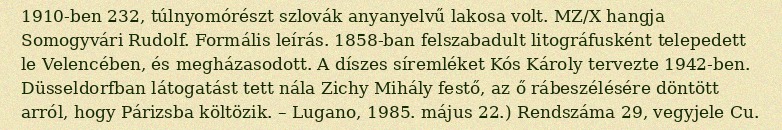
1910-ben 232, túlnyomórészt szlovák anyanyelvű lakosa volt. MZ/X hangja Somogyvári Rudolf. Formális leírás. 1858-ban felszabadult litográfusként telepedett le Velencében, és megházasodott. A díszes síremléket Kós Károly tervezte 1942-ben. Düsseldorfban látogatást tett nála Zichy Mihály festő, az ő rábeszélésére döntött arról, hogy Párizsba költözik. – Lugano, 1985. május 22.) Rendszáma 29, vegyjele Cu.